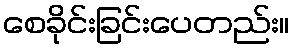
စေခိုင်းခြင်းပေတည်း။